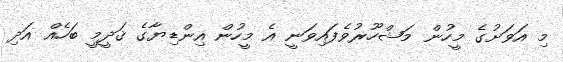
މި އަވަށުގެ މީހުން މަޝްހޫރުވެފައިވަނީ އެ މީހުން އިންޑިޔާގެ ޤަދީމީ ބަހެއް އަދި